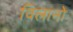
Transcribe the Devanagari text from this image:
विलानो